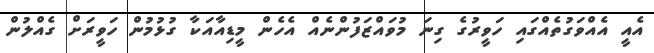
އެއީ އެއްވަގުތެއްގައި ހަވީރުގެ ގިނަ މުވައްޒަފުންނެއް އެހެން މީޑިއާއަކާ ގުޅުމުން ހަވީރަށް ގެއްލުން